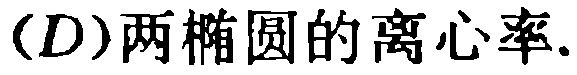
(D)两椭圆的离心率.